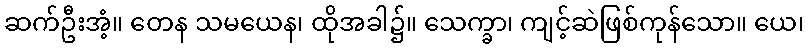
ဆက်ဦးအံ့။ တေန သမယေန၊ ထိုအခါ၌။ သေက္ခာ၊ ကျင့်ဆဲဖြစ်ကုန်သော။ ယေ၊